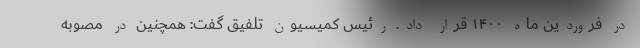
در فروردین ماه ۱۴۰۰ قرار داد. رئیس کمیسیون تلفیق گفت: همچنین در مصوبه